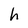
Character: h